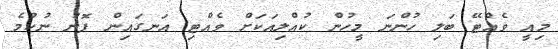
މިއީ ވެއްޓޭ ބަލި ހުންނަ މީހުން ކުއްލިއަކަށް ވެއްޓި އަނގައިން ފޮނު ނުކުމެ